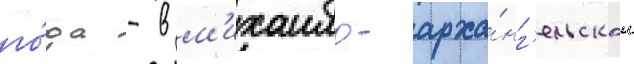
го́да - в м'ихаило-арха́нг'ельском